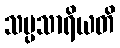
သမ္ပသာရိယတိ